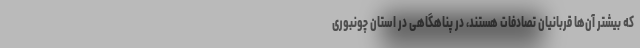
که بیشتر آن‌ها قربانیان تصادفات هستند، در پناهگاهی در استان چونبوری